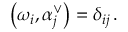
\left( \omega _ { i } , \alpha _ { j } ^ { \vee } \right) = \delta _ { i j } \, .